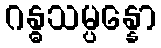
ဂန္ဓသမ္ပန္နော